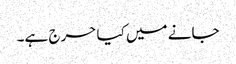
جانے میں کیا حرج ہے۔